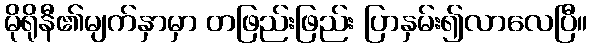
မိုရိုနီ၏မျက်နှာမှာ တဖြည်းဖြည်း ပြာနှမ်း၍လာလေပြီ။